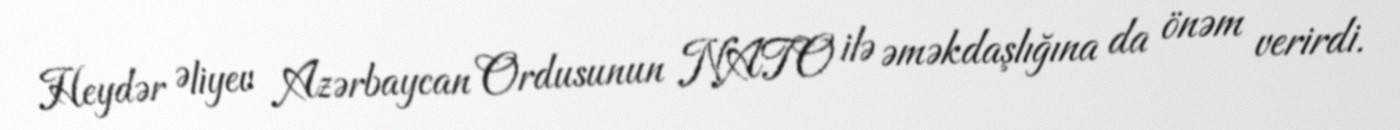
Heydər Əliyev Azərbaycan Ordusunun NATO ilə əməkdaşlığına da önəm verirdi.